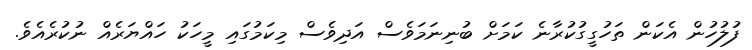
ފުލުހުން އެކަން ތަހުގީގުކުރާނެ ކަަަމަށް ބުނިނަމަވެސް އަދިވެސް މިކަމުގައި މީހަކު ހައްޔަރެއް ނުކުރެއެވެ.